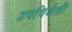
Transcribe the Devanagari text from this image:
उपविजेती